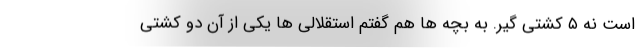
است نه ۵ کشتی گیر. به بچه ها هم گفتم استقلالی ها یکی از آن دو کشتی